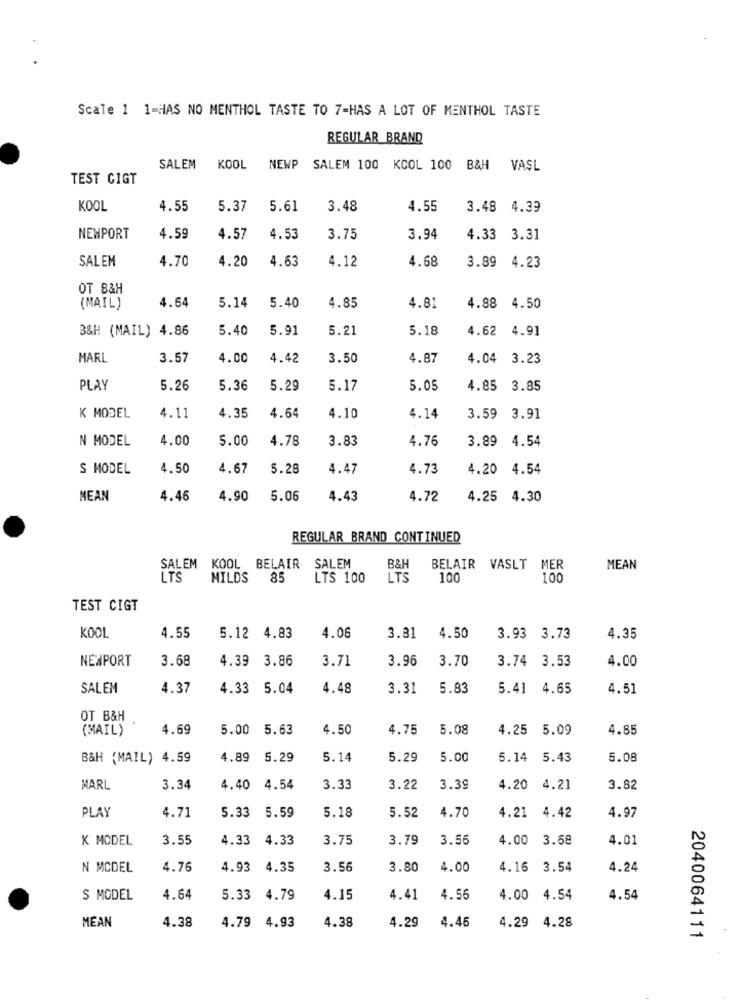
Scale 1 1-HAS NO MENTHOL TASTE TO 7-HAS A LOT OF MENTHOL TASTE
REGULAR BRAND
SALEM KOOL
NEWP SALEM 100 KCOL 100 B&H VASL
TEST CIGT
KOOL
4.55
5.37
5.61
3.48
4.55
3.48 4.39
NEWPORT
4.59
4.57
4.53
3.75
3.94
4.33
3.31
SALEM
4.70
4.20
4.63
4.68
3.89
4.23
4.12
OT B&H
(MAIL)
4.64
5.14
5.40
4.85
4.81
4.88
4.50
B&H (MAIL) 4.86
5.40
5.91
5.21
5.18
4.62
4.91
MARL
3.57
4.00
4.42
3.50
4.87
4.04
3.23
PLAY
5.26
5.36
5.29
5.17
5.05
4.85 3.85
K MODEL
4.11
4.35
4.64
4.10
4.14
3.59
3.91
N MODEL
4.00
5.00
4.78
3.83
4.76
3.89
4.54
S MODEL
4.50
4.67
5.28
4.47
4.73
4.20
4.54
MEAN
4.46
4.90
5.06
4.43
4.72
4.25 4.30
REGULAR BRAND CONTINUED
SALEM KOOL BELAIR
SALEM
B&I
BELAIR VASLT
MER
MEAN
LTS
MILDS
85
LTS 100
LTS
100
100
TEST CIGT
KOOL
4.55
5.12 4.83
4.06
3.31
4.50
3.93 3.73
4.35
NEWPORT
3.68
4.39
3.86
3.71
3.96
3.70
3.74
3.53
4.00
SALEM
4.37
4.33 5.04
4.48
3.31
5.83
5.41 4.65
4.51
OT B&H
(MAIL)
4.69
5.00
5.63
4.50
4.75
5.08
4.25 5.09
4.85
B&H (MAIL) 4.59
4.89
5.29
5.14
5.29
5.00
5.14
5.43
5.08
MARL
3.34
4.40
4.54
3.33
3.22
3.39
4.20
4.21
3.82
PLAY
5.33 5.59
5.18
4.70
4.71
5.52
4.21 4.42
4.97
K MODEL
3.55
4.33 4.33
3.75
3.79
3.56
4.00
3.68
4.01
N MCDEL
4.76
4.93
4.35
3.56
3.80
4.00
4.16 3.54
4.24
S MODEL
4.64
5.33
4.79
4.15
4.41
4.56
4.00 4.54
4.54
MEAN
4.79 4.93
4.38
4.29
4.46
4.29 4.28
4.38
2040064111